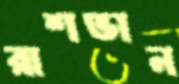
রাশভান